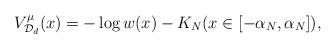
LaTeX: \begin{align*}V_{\mathcal{D}_{d}}^{\mu}(x) = -\log w(x) - K_{N} (x \in [-\alpha_{N}, \alpha_{N}]), \end{align*}